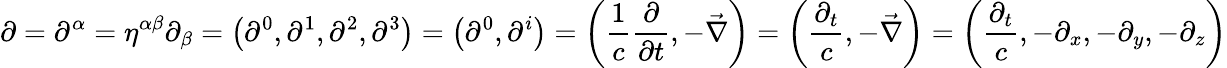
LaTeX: \mathbf{\partial}=\partial^{\alpha}=\eta^{\alpha\beta}\partial_{\beta}=\left(\partial^{0},\partial^{1},\partial^{2},\partial^{3}\right)=\left(\partial^{0},\partial^{i}\right)=\left({\frac{1}{c}}{\frac{\partial}{\partial t}},-{\vec{\nabla}}\right)=\left({\frac{\partial_{t}}{c}},-{\vec{\nabla}}\right)=\left({\frac{\partial_{t}}{c}},-\partial_{x},-\partial_{y},-\partial_{z}\right)